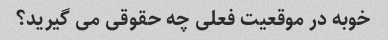
خوبه در موقعیت فعلی چه حقوقی می گیرید؟